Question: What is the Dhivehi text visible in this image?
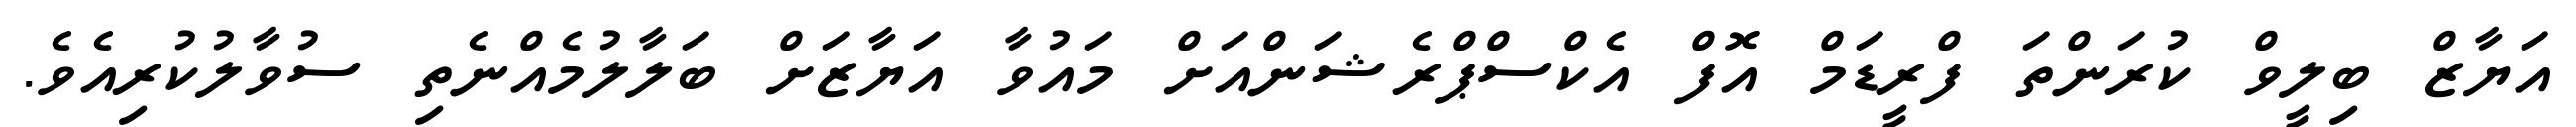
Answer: އަޔާޒް ބިލީވް ކުރަންތަ ފްރީޑަމް އޮފް އެކްސްޕްރެޝަންއަށް މައުވާ އަޔާޒަށް ބަލާލުމެއްނެތި ސުވާލުކުރިއެވެ.